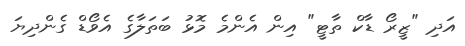
އަދި "ޒީރޯ ޑާކް ތާޓީ" އިން އެންމެ މޮޅު ބަތަލާގެ އެވޯޑް ގެންދިޔަ